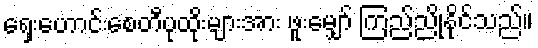
ရှေးဟောင်းစေတီပုထိုးများအား ဖူးမျှော် ကြည်ညိုနိုင်သည်။